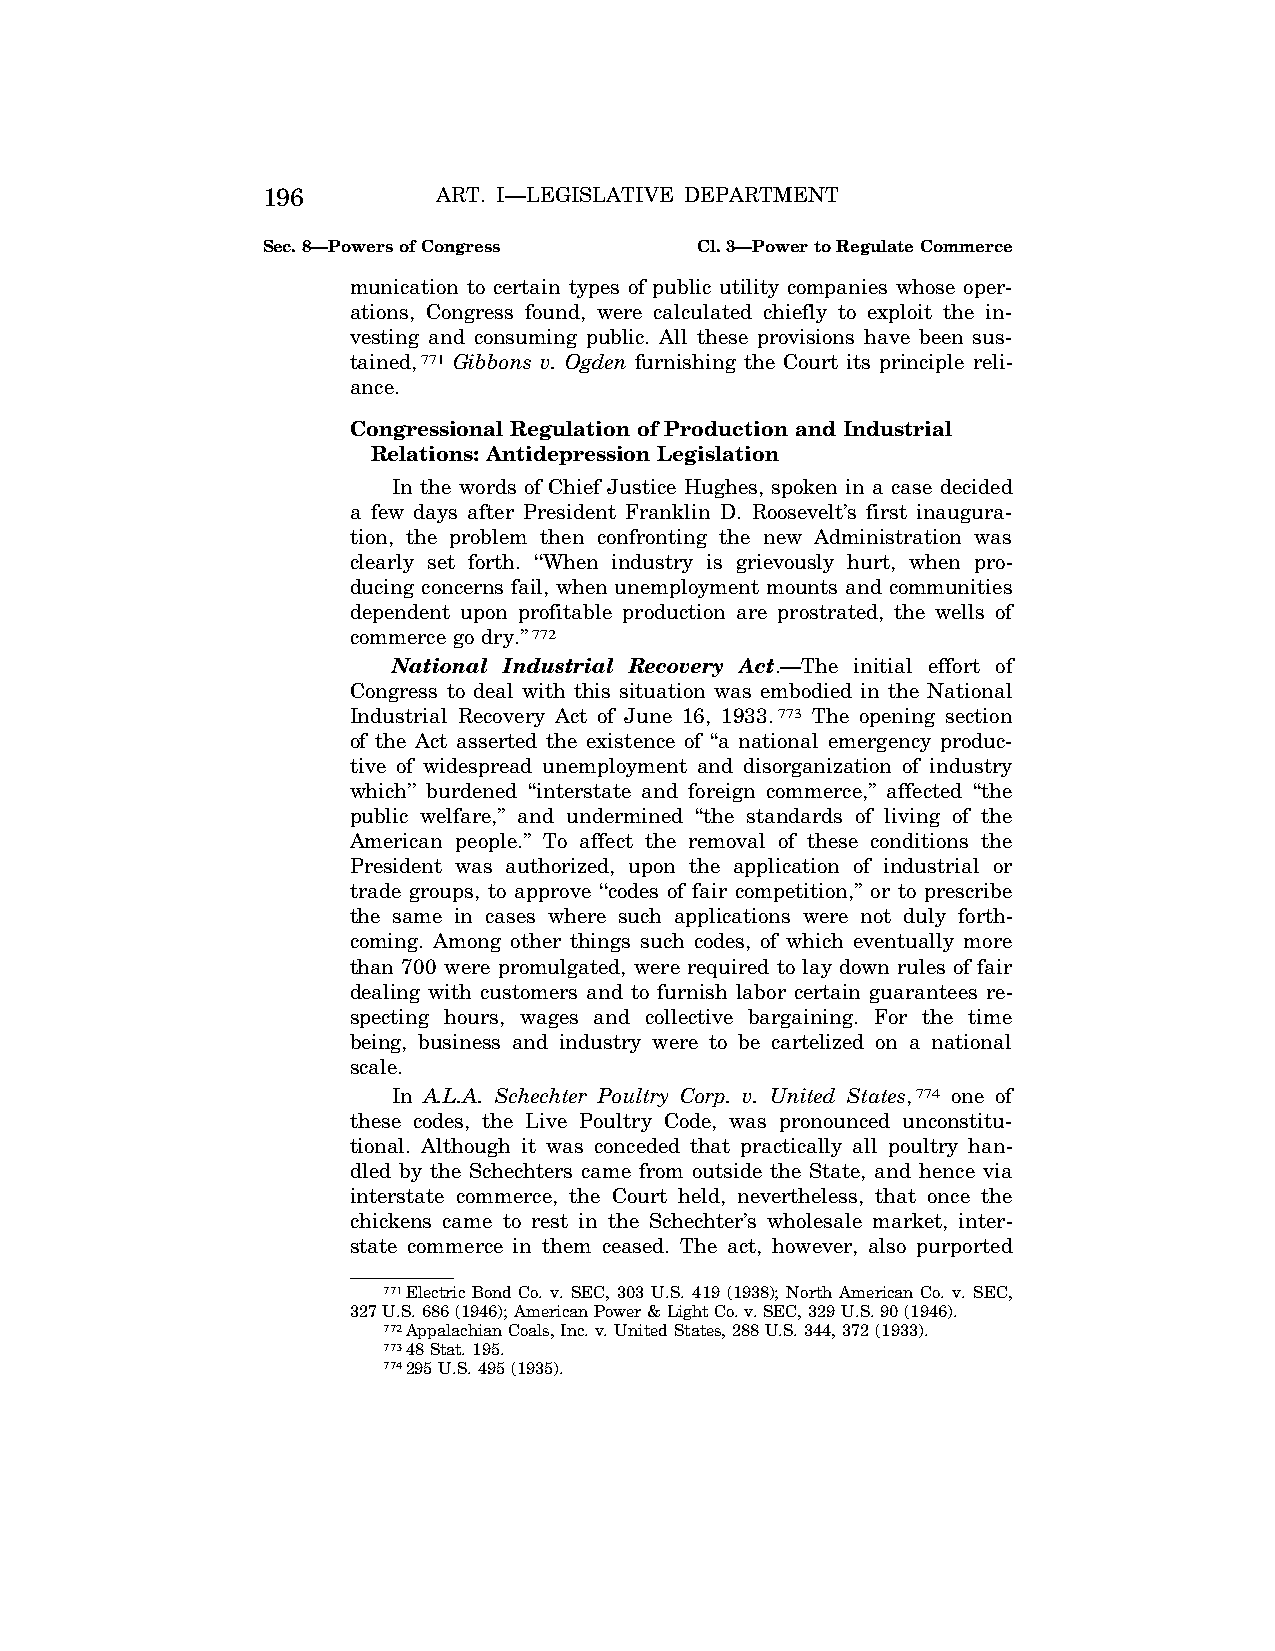
196         ART. I—LEGISLATIVE DEPARTMENT
 Sec. 8—Powers of Congress    Cl. 3—Power to Regulate Commerce
 munication to certain types of public utility companies whose oper-
 ations, Congress found, were calculated chiefly to exploit the in-
 vesting and consuming public. All these provisions have been sus-
 tained,771 Gibbons v. Ogden furnishing the Court its principle reli-
 ance.
 Congressional Regulation of Production and Industrial
 Relations: Antidepression Legislation
 In the words of Chief Justice Hughes, spoken in a case decided
 a few days after President Franklin D. Roosevelt’s first inaugura-
 tion, the problem then confronting the new Administration was
 clearly set forth. ‘‘When industry is grievously hurt, when pro-
 ducing concerns fail, when unemployment mounts and communities
 dependent upon profitable production are prostrated, the wells of
 commerce go dry.’’772
 National Industrial Recovery Act.—The initial effort of
 Congress to deal with this situation was embodied in the National
 Industrial Recovery Act of June 16, 1933.773 The opening section
 of the Act asserted the existence of ‘‘a national emergency produc-
 tive of widespread unemployment and disorganization of industry
 which’’ burdened ‘‘interstate and foreign commerce,’’ affected ‘‘the
 public welfare,’’ and undermined ‘‘the standards of living of the
 American people.’’ To affect the removal of these conditions the
 President was authorized, upon the application of industrial or
 trade groups, to approve ‘‘codes of fair competition,’’ or to prescribe
 the same in cases where such applications were not duly forth-
 coming. Among other things such codes, of which eventually more
 than 700 were promulgated, were required to lay down rules of fair
 dealing with customers and to furnish labor certain guarantees re-
 specting hours, wages and collective bargaining. For the time
 being, business and industry were to be cartelized on a national
 scale.
 In A.L.A. Schechter Poultry Corp. v. United States,774 one of
 these codes, the Live Poultry Code, was pronounced unconstitu-
 tional. Although it was conceded that practically all poultry han-
 dled by the Schechters came from outside the State, and hence via
 interstate commerce, the Court held, nevertheless, that once the
 chickens came to rest in the Schechter’s wholesale market, inter-
 state commerce in them ceased. The act, however, also purported
 771Electric Bond Co. v. SEC, 303 U.S. 419 (1938); North American Co. v. SEC,
 327 U.S. 686 (1946); American Power & Light Co. v. SEC, 329 U.S. 90 (1946).
 772Appalachian Coals, Inc. v. United States, 288 U.S. 344, 372 (1933).
 77348 Stat. 195.
 774295 U.S. 495 (1935).
 VerDate Apr<14>2004 12:35 Apr 14, 2004 Jkt 077500 PO 00000 Frm 00134 Fmt 8222 Sfmt 8222 C:\CONAN\CON009.SGM PRFM99 PsN: CON009